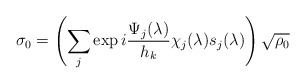
\begin{align*} \sigma_0 = \left( \sum_j \exp i\frac{\Psi_j(\lambda)}{h_k} \chi_j(\lambda) s_j(\lambda) \right)\sqrt{\rho_0}\end{align*}